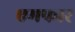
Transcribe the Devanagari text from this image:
एमफार